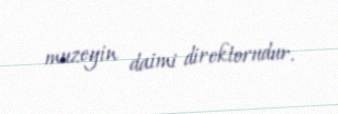
muzeyin daimi direktorudur.